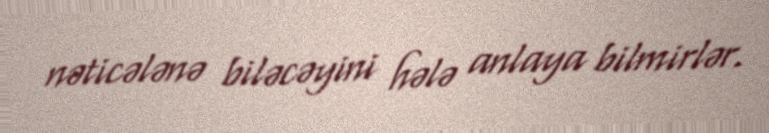
nəticələnə biləcəyini hələ anlaya bilmirlər.